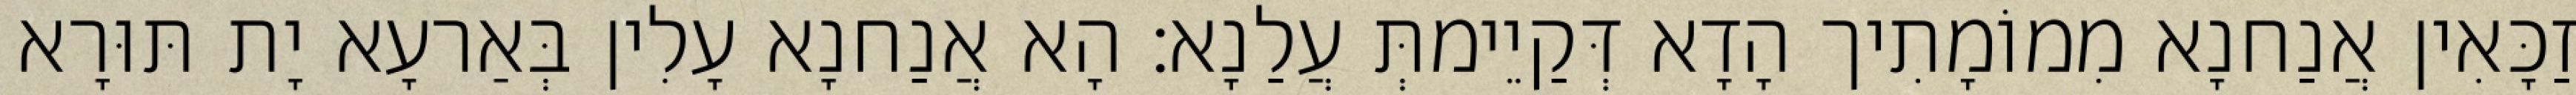
זַכָּאִין אֲנַחנָא מִמוֹמָתִיך הָדָא דְּקַיֵימתְּ עֲלַנָא׃ הָא אֲנַחנָא עָלִין בְּאַרעָא יָת תּוּרָא